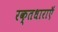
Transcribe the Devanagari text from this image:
रक्तधाराऍं